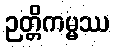
ဉတ္တိကမ္မဿ